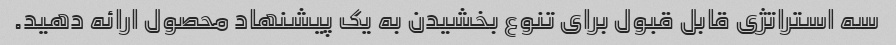
سه استراتژی قابل قبول برای تنوع بخشیدن به یک پیشنهاد محصول ارائه دهید.